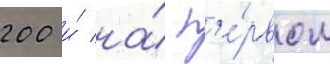
200 и́ на́ п'е́рвом